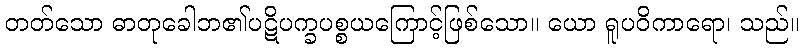
တတ်သော ဓာတုခေါဘ၏ပဋိပက္ခပစ္စယကြောင့်ဖြစ်သော။ ယော ရူပဝိကာရော၊ သည်။